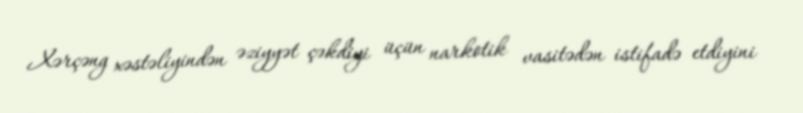
Xərçəng xəstəliyindən əziyyət çəkdiyi üçün narkotik vasitədən istifadə etdiyini